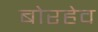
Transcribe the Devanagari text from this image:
बोरहेव